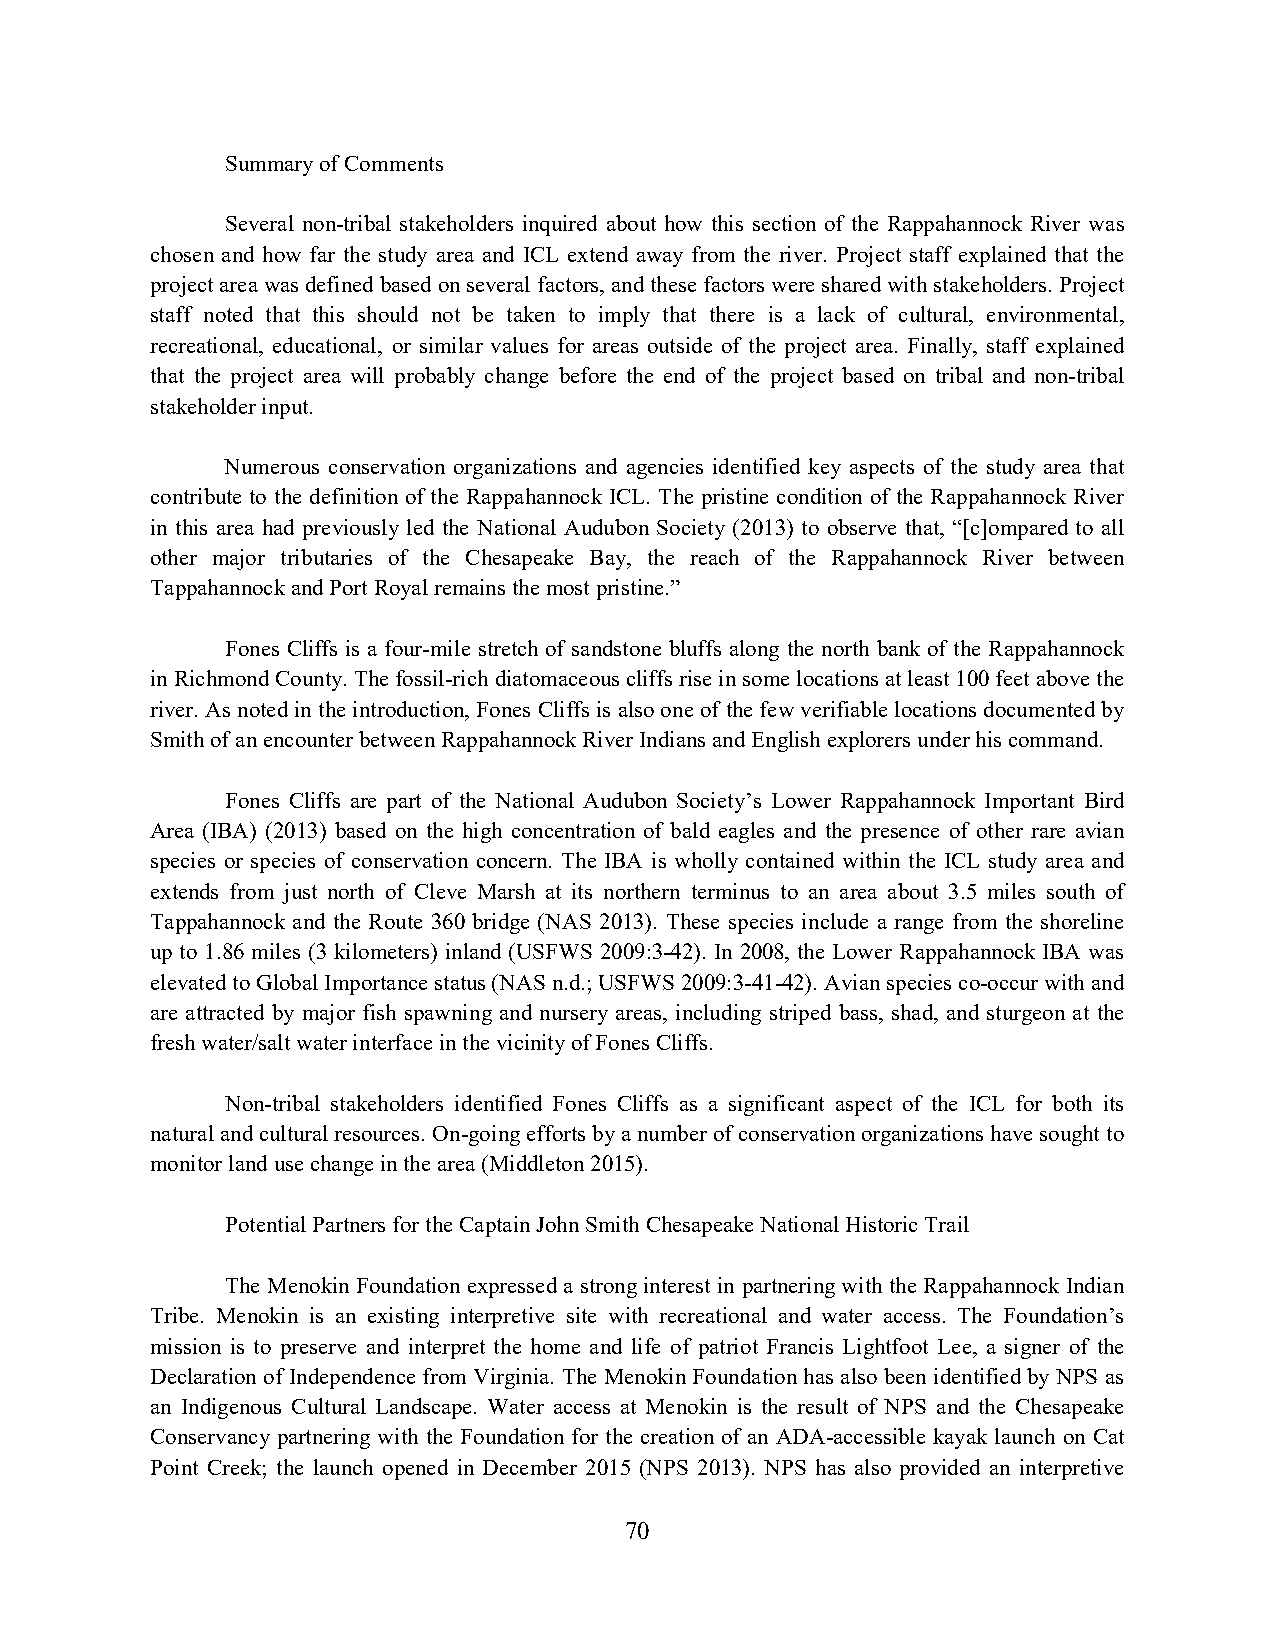
Summary of Comments
 Several non-tribal stakeholders inquired about how this section of the Rappahannock River was
 chosen and how far the study area and ICL extend away from the river. Project staff explained that the
 project area was defined based on several factors, and these factors were shared with stakeholders. Project
 staff noted that this should not be taken to imply that there is a lack of cultural, environmental,
 recreational, educational, or similar values for areas outside of the project area. Finally, staff explained
 that the project area will probably change before the end of the project based on tribal and non-tribal
 stakeholder input.
 Numerous conservation organizations and agencies identified key aspects of the study area that
 contribute to the definition of the Rappahannock ICL. The pristine condition of the Rappahannock River
 in this area had previously led the National Audubon Society (2013) to observe that, “[c]ompared to all
 other major tributaries of the Chesapeake Bay, the reach of the Rappahannock River between
 Tappahannock and Port Royal remains the most pristine.”
 Fones Cliffs is a four-mile stretch of sandstone bluffs along the north bank of the Rappahannock
 in Richmond County. The fossil-rich diatomaceous cliffs rise in some locations at least 100 feet above the
 river. As noted in the introduction, Fones Cliffs is also one of the few verifiable locations documented by
 Smith of an encounter between Rappahannock River Indians and English explorers under his command.
 Fones Cliffs are part of the National Audubon Society’s Lower Rappahannock Important Bird
 Area (IBA) (2013) based on the high concentration of bald eagles and the presence of other rare avian
 species or species of conservation concern. The IBA is wholly contained within the ICL study area and
 extends from just north of Cleve Marsh at its northern terminus to an area about 3.5 miles south of
 Tappahannock and the Route 360 bridge (NAS 2013). These species include a range from the shoreline
 up to 1.86 miles (3 kilometers) inland (USFWS 2009:3-42). In 2008, the Lower Rappahannock IBA was
 elevated to Global Importance status (NAS n.d.; USFWS 2009:3-41-42). Avian species co-occur with and
 are attracted by major fish spawning and nursery areas, including striped bass, shad, and sturgeon at the
 fresh water/salt water interface in the vicinity of Fones Cliffs.
 Non-tribal stakeholders identified Fones Cliffs as a significant aspect of the ICL for both its
 natural and cultural resources. On-going efforts by a number of conservation organizations have sought to
 monitor land use change in the area (Middleton 2015).
 Potential Partners for the Captain John Smith Chesapeake National Historic Trail
 The Menokin Foundation expressed a strong interest in partnering with the Rappahannock Indian
 Tribe. Menokin is an existing interpretive site with recreational and water access. The Foundation’s
 mission is to preserve and interpret the home and life of patriot Francis Lightfoot Lee, a signer of the
 Declaration of Independence from Virginia. The Menokin Foundation has also been identified by NPS as
 an Indigenous Cultural Landscape. Water access at Menokin is the result of NPS and the Chesapeake
 Conservancy partnering with the Foundation for the creation of an ADA-accessible kayak launch on Cat
 Point Creek; the launch opened in December 2015 (NPS 2013). NPS has also provided an interpretive
 70